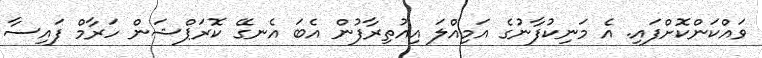
ވައްކަންކޮށްފައި. އެ މަނިކުފާނުގެ އަމިއްލަ އިއުތިރާފުން އެބަ އެނގޭ ކޮރަޕްޝަން ހަރާމް ފައިސާ